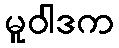
မူဝါဒက